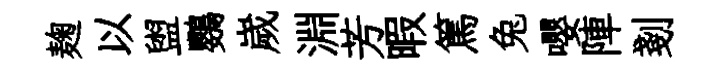
麹以盥鸚嵗淵芳暇篤兔嚶陣剗